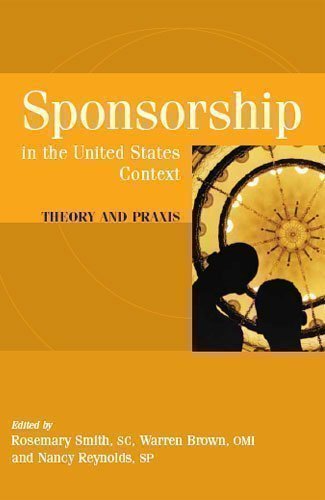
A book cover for Sponsorship in the United States Context: Theory and Praxis; Christian Books & Bibles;